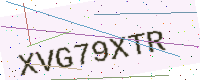
Text: XVG79XTR